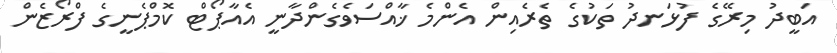
އަބީދު މިރޭގެ ފުޅަނދު ތަކުގެ ތެރެއިން އެންމެ ޚާއްސަވެގެންދާނީ އެއާޕޯޓް ކޮމްޕެނީގެ ފްރޯޒެން